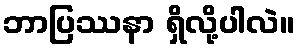
ဘာပြဿနာ ရှိလို့ပါလဲ။